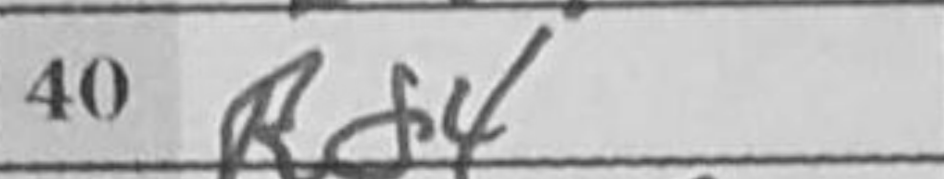
Transcription: Rd4